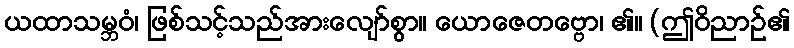
ယထာသမ္ဘဝံ၊ ဖြစ်သင့်သည်အားလျော်စွာ။ ယောဇေတဗ္ဗော၊ ၏။ (ဤဝိညာဉ်၏